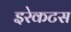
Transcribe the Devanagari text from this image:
इरेकटस